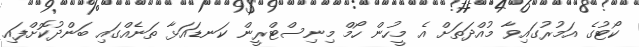
ކޯޓުގެ އަމުރުގައިވާ މުއްދަތަށް އެ މީހުން ހޯމް މިނިސްޓްރީން ކަނޑައަޅާ ތަނެއްގައި ބަންދުކޮށްފައި